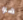
هو